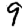
Digit: 9